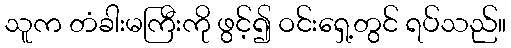
သူက တံခါးမကြီးကို ဖွင့်၍ ဝင်းရှေ့တွင် ရပ်သည်။